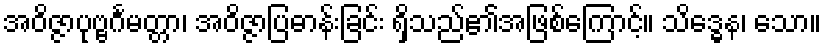
အဝိဇ္ဇာပုဗ္ဗင်္ဂမတ္တာ၊ အဝိဇ္ဇာပြဓာန်းခြင်း ရှိသည်၏အဖြစ်ကြောင့်။ သိဒ္ဓေန၊ သော။